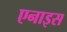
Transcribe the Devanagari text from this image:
एनाइस